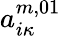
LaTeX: a_{i\kappa}^{m,01}